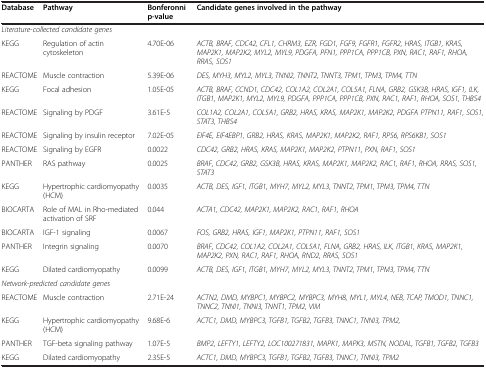
<table><thead><tr><td><b>Database</b></td><td><b>Pathway</b></td><td><b>Bonferonni p-value</b></td><td><b>Candidate genes involved in the pathway</b></td></tr></thead><tbody><tr><td colspan="4"><i>Literature-collected candidate genes</i></td></tr><tr><td>KEGG</td><td>Regulation of actin cytoskeleton</td><td>4.70E-06</td><td><i>ACTB, BRAF, CDC42, CFL1, CHRM3, EZR, FGD1, FGF9, FGFR1, FGFR2, HRAS, ITGB1, KRAS, MAP2K1, MAP2K2, MYL2, MYL9, PDGFA, PFN1, PPP1CA, PPP1CB, PXN, RAC1, RAF1, RHOA, RRAS, SOS1</i></td></tr><tr><td>REACTOME</td><td>Muscle contraction</td><td>5.39E-06</td><td><i>DES, MYH3, MYL2, MYL3, TNNI2, TNNT2, TNNT3, TPM1, TPM3, TPM4, TTN</i></td></tr><tr><td>KEGG</td><td>Focal adhesion</td><td>1.05E-05</td><td><i>ACTB, BRAF, CCND1, CDC42, COL1A2, COL2A1, COL5A1, FLNA, GRB2, GSK3B, HRAS, IGF1, ILK, ITGB1, MAP2K1, MYL2, MYL9, PDGFA, PPP1CA, PPP1CB, PXN, RAC1, RAF1, RHOA, SOS1, THBS4</i></td></tr><tr><td>REACTOME</td><td>Signaling by PDGF</td><td>3.61E-5</td><td><i>COL1A2, COL2A1, COL5A1, GRB2, HRAS, KRAS, MAP2K1, MAP2K2, PDGFA PTPN11, RAF1, SOS1, STAT3, THBS4</i></td></tr><tr><td>REACTOME</td><td>Signaling by insulin receptor</td><td>7.02E-05</td><td><i>EIF4E, EIF4EBP1, GRB2, HRAS, KRAS, MAP2K1, MAP2K2, RAF1, RPS6, RPS6KB1, SOS1</i></td></tr><tr><td>REACTOME</td><td>Signaling by EGFR</td><td>0.0022</td><td><i>CDC42, GRB2, HRAS, KRAS, MAP2K1, MAP2K2, PTPN11, PXN, RAF1, SOS1</i></td></tr><tr><td>PANTHER</td><td>RAS pathway</td><td>0.0025</td><td><i>BRAF, CDC42, GRB2, GSK3B, HRAS, KRAS, MAP2K1, MAP2K2, RAC1, RAF1, RHOA, RRAS, SOS1, STAT3</i></td></tr><tr><td>KEGG</td><td>Hypertrophic cardiomyopathy (HCM)</td><td>0.0035</td><td><i>ACTB, DES, IGF1, ITGB1, MYH7, MYL2, MYL3, TNNT2, TPM1, TPM3, TPM4, TTN</i></td></tr><tr><td>BIOCARTA</td><td>Role of MAL in Rho-mediated activation of SRF</td><td>0.044</td><td><i>ACTA1, CDC42, MAP2K1, MAP2K2, RAC1, RAF1, RHOA</i></td></tr><tr><td>BIOCARTA</td><td>IGF-1 signaling</td><td>0.0067</td><td><i>FOS, GRB2, HRAS, IGF1, MAP2K1, PTPN11, RAF1, SOS1</i></td></tr><tr><td>PANTHER</td><td>Integrin signaling</td><td>0.0070</td><td><i>BRAF, CDC42, COL1A2, COL2A1, COL5A1, FLNA, GRB2, HRAS, ILK, ITGB1, KRAS, MAP2K1, MAP2K2, PXN, RAC1, RAF1, RHOA, RND2, RRAS, SOS1</i></td></tr><tr><td>KEGG</td><td>Dilated cardiomyopathy</td><td>0.0099</td><td><i>ACTB, DES, IGF1, ITGB1, MYH7, MYL2, MYL3, TNNT2, TPM1, TPM3, TPM4, TTN</i></td></tr><tr><td colspan="4"><i>Network-predicted candidate genes</i></td></tr><tr><td>REACTOME</td><td>Muscle contraction</td><td>2.71E-24</td><td><i>ACTN2, DMD, MYBPC1, MYBPC2, MYBPC3, MYH8, MYL1, MYL4, NEB, TCAP, TMOD1, TNNC1, TNNC2, TNNI1, TNNI3, TNNT1, TPM2, VIM</i></td></tr><tr><td>KEGG</td><td>Hypertrophic cardiomyopathy (HCM)</td><td>9.68E-6</td><td><i>ACTC1, DMD, MYBPC3, TGFB1, TGFB2, TGFB3, TNNC1, TNNI3, TPM2,</i></td></tr><tr><td>PANTHER</td><td>TGF-beta signaling pathway</td><td>1.07E-5</td><td><i>BMP2, LEFTY1, LEFTY2, LOC100271831, MAPK1, MAPK3, MSTN, NODAL, TGFB1, TGFB2, TGFB3</i></td></tr><tr><td>KEGG</td><td>Dilated cardiomyopathy</td><td>2.35E-5</td><td><i>ACTC1, DMD, MYBPC3, TGFB1, TGFB2, TGFB3, TNNC1, TNNI3, TPM2</i></td></tr></tbody></table>